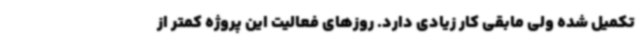
تکمیل شده ولی مابقی کار زیادی دارد. روزهای فعالیت این پروژه کمتر از